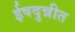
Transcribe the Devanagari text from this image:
ईषदुन्नीत